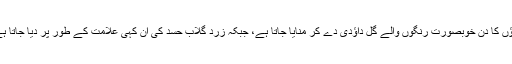
ماؤں کا دن خوبصورت رنگوں والے گُلِ داؤدی دے کر منایا جاتا ہے، جبکہ زرد گلاب حسد کی ان کہی علامت کے طور پر دیا جاتا ہے۔